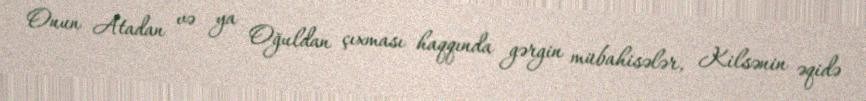
Onun Atadan və ya Oğuldan çıxması haqqında gərgin mübahisələr, Kilsənin əqidə